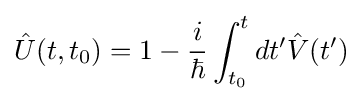
{\hat {U}}(t,t_{0})=1-{\frac {i}{\hbar }}\int _{t_{0}}^{t}dt'{\hat {V}}{\mathord {\left(t'\right)}}